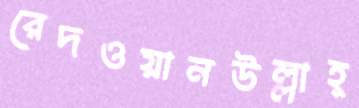
রেদওয়ানউল্লাহ্